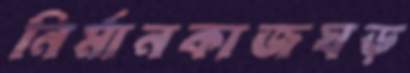
নির্মানকাজঘড়